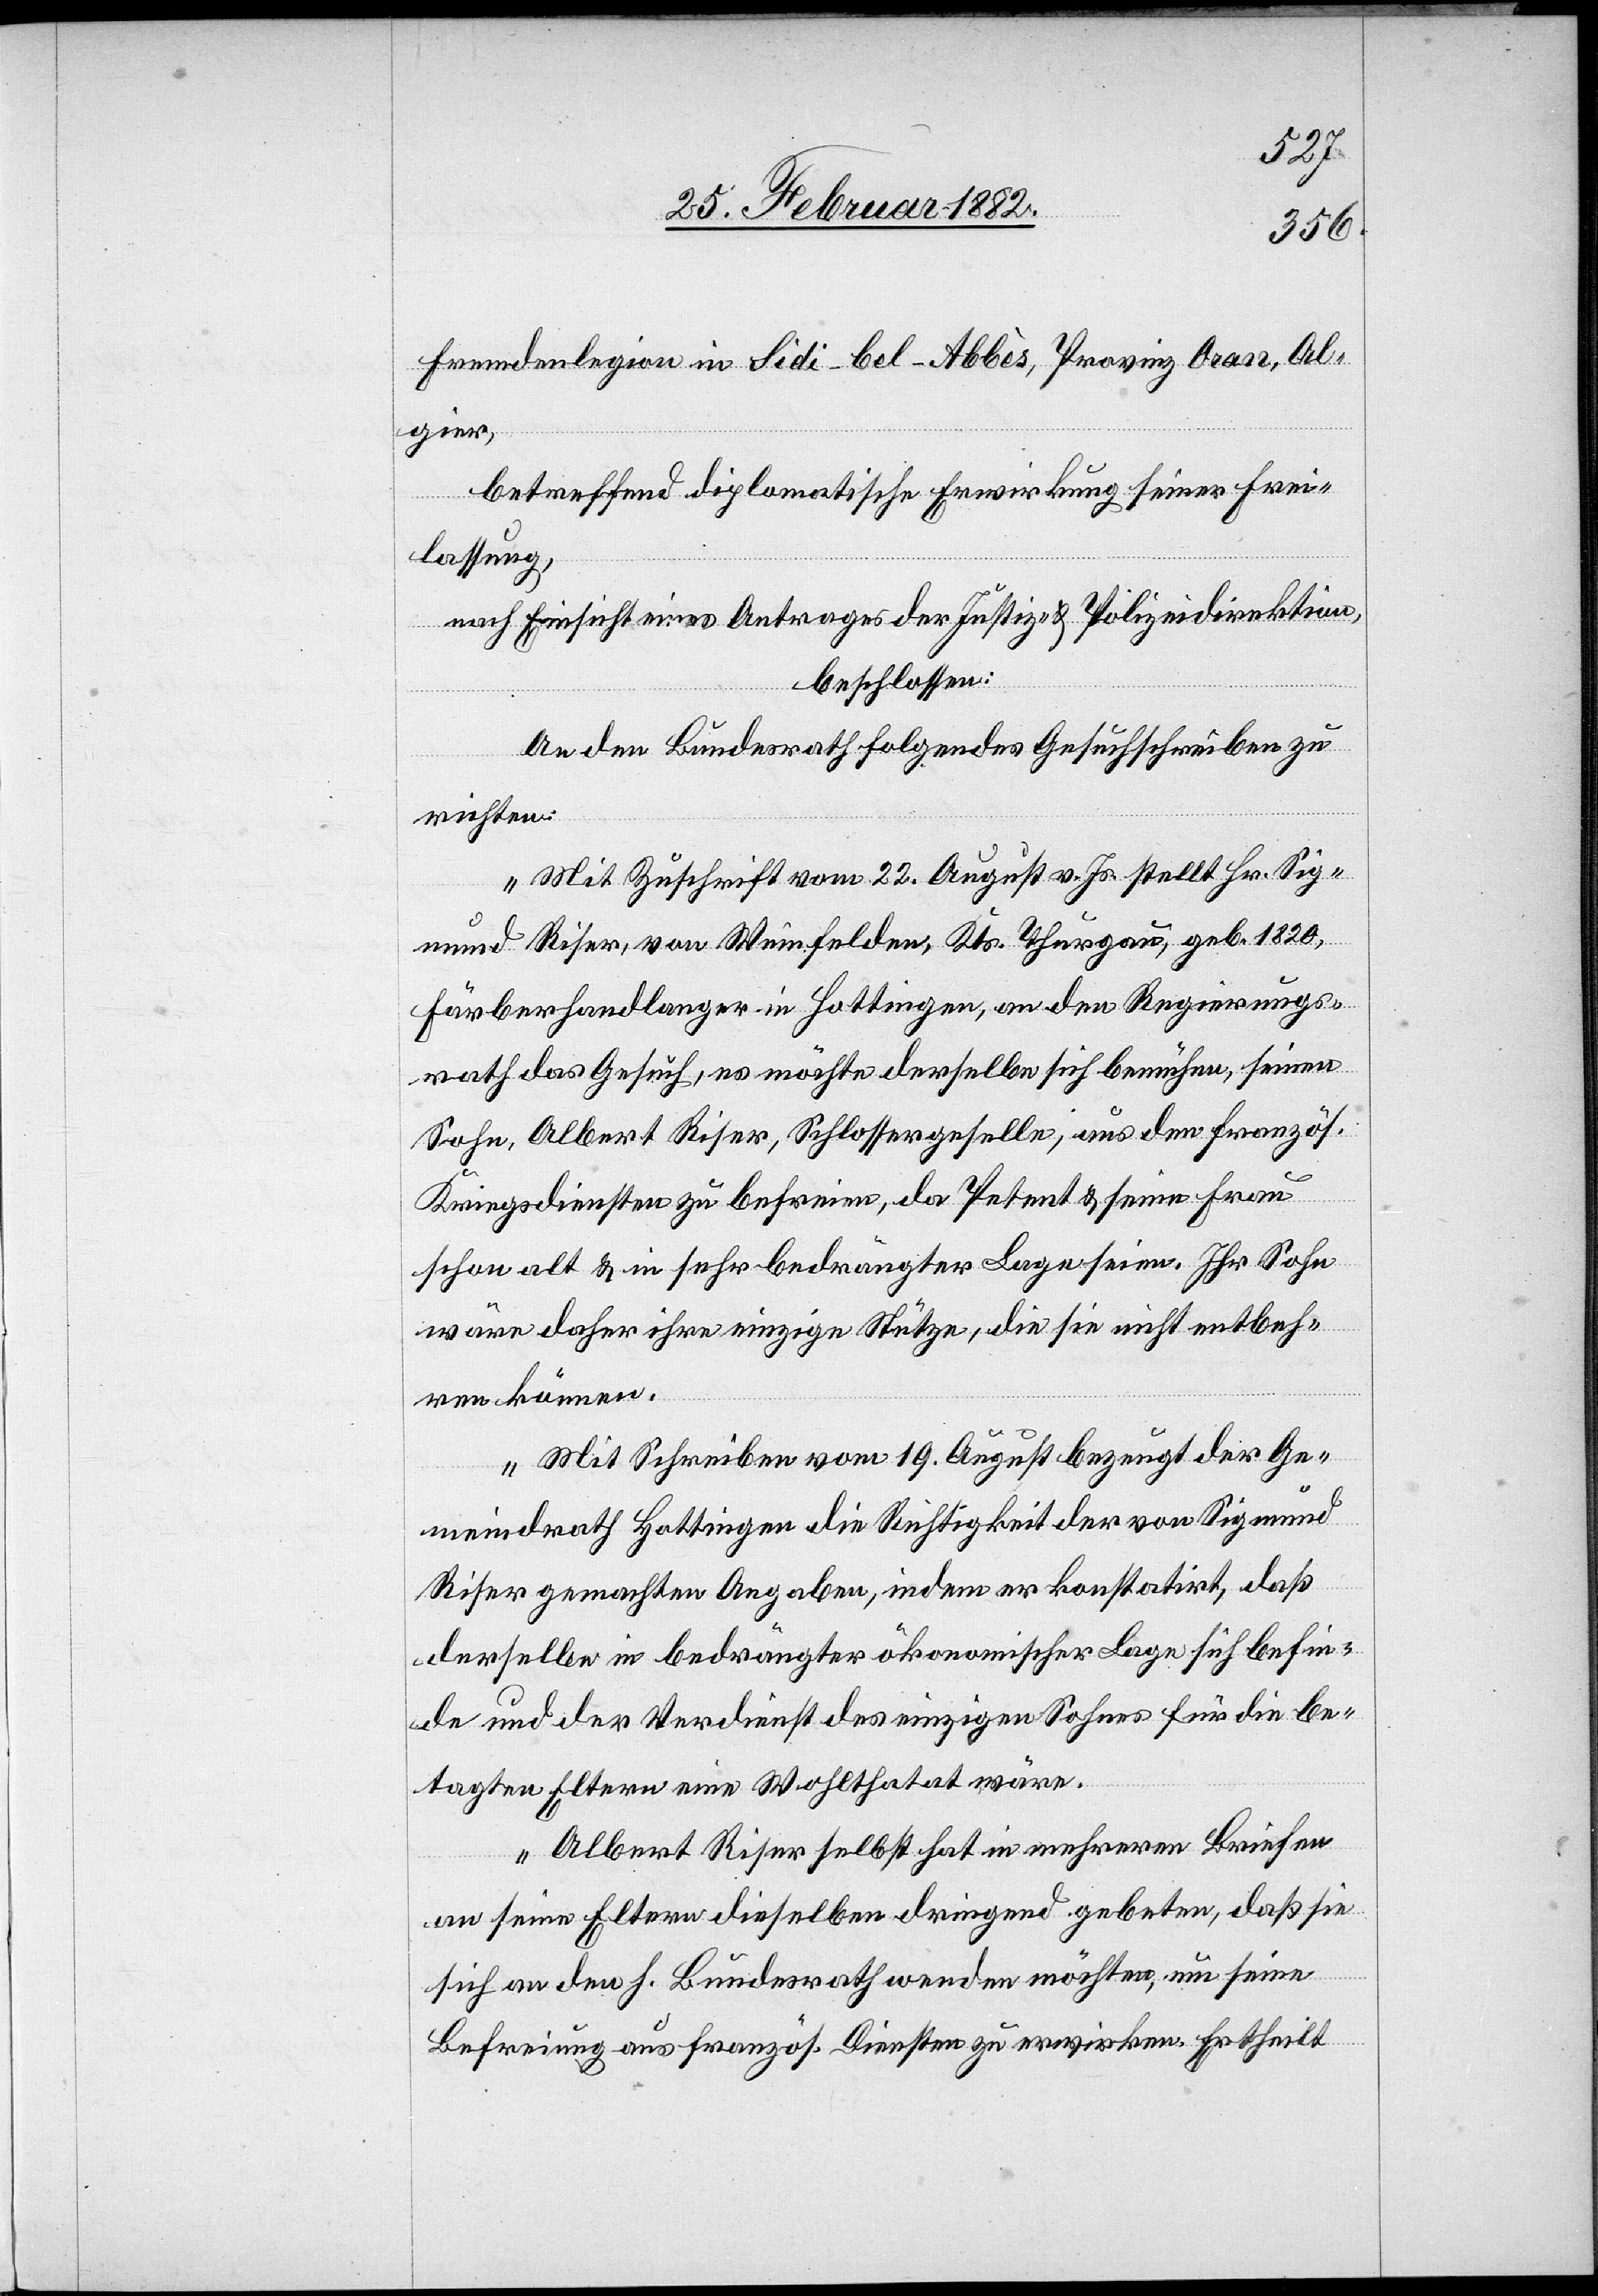
Fremdenlegion in Sidi-bel-Abbès, Provinz Oran, Al¬
gier,
betreffend diplomatische Erwirkung seiner Frei¬
lassung,
nach Einsicht eines Antrages der Justiz- & Polizeidirektion,
beschlossen:
An den Bundesrath folgendes Gesuchschreiben zu
richten:
„Mit Zuschrift vom 2. August v. Js. stellt Hr. Sig¬
mund Riser, von Weinfelden, Kts. Thurgau, geb. 1820,
Färberhandlanger in Hottingen, an den Regierungs¬
rath das Gesuch, es möchte derselbe sich bemühen, seinen
Sohn, Albert Riser, Schlossergeselle, aus den französ.
Kriegsdiensten zu befreien, da Petent & seine Frau
schon alt & in sehr bedrängter Lage seinen. Ihr Sohn
wäre daher ihre einzige Stütze, die sie nicht entbeh¬
ren können.
Mit Schreiben vom 19. August bezeugt der Ge¬
meindrath Hottingen die Richtigkeit der von Sigmund
Riser gemachten Angaben, indem er konstatirt, daß
derselbe in bedrängter ökonomischen Lage sich befin¬
de und der Verdienst des einzigen Sohnes für die be¬
tagten Eltern eine Wohlthatat [sic!] wäre.
Albert Riser selbst hat in mehreren Briefen
an seine Eltern dieselben dringend gebeten, daß sie
sich an den h. Bundesrath wenden möchten, um seine
Befreiung aus französ. Diensten zu erwirken. Er theilt